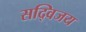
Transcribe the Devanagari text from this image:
सद्विजय